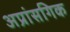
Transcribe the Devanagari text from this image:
अप्रांसगिक